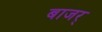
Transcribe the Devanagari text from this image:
बाजर्